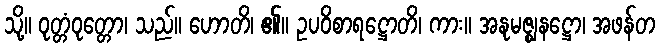
သို့။ ဝုတ္တံဝုတ္တော၊ သည်။ ဟောတိ၊ ၏။ ဥပဝိစာရဋ္ဌောတိ၊ ကား။ အနုမဇ္ဈနဋ္ဌော၊ အဖန်တ